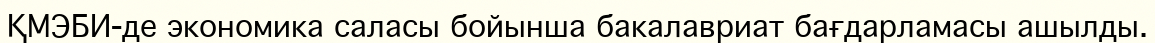
ҚМЭБИ-де экономика саласы бойынша бакалавриат бағдарламасы ашылды.